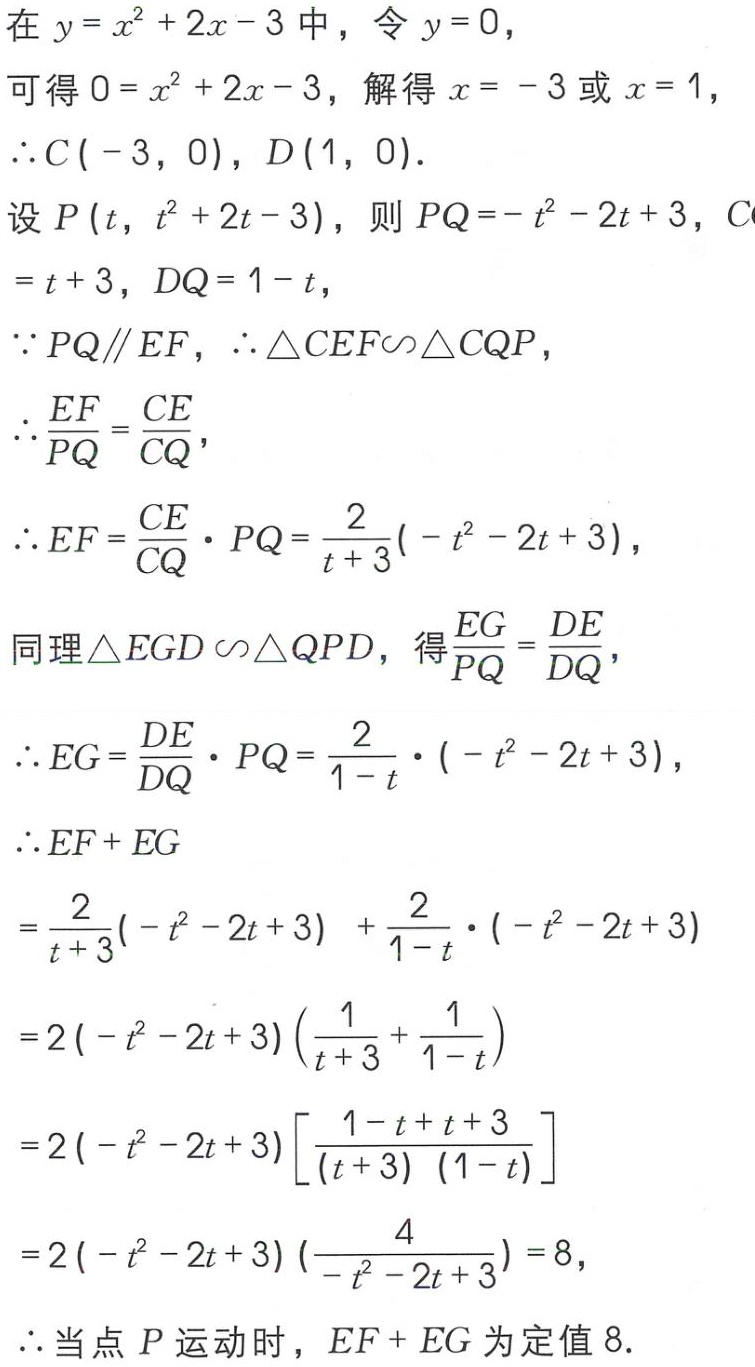
在 \(y = x^{2}+2x - 3\) 中，令 \(y = 0\)，
可得 \(0 = x^{2}+2x - 3\)，解得 \(x = - 3\) 或 \(x = 1\)，
\(\therefore C(-3,0)\)，\(D(1,0)\)。
设 \(P(t,t^{2}+2t - 3)\)，则 \(PQ=-t^{2}-2t + 3\)，\(CQ=t + 3\)，\(DQ=1 - t\)，
\(\because PQ\parallel EF\)，\(\therefore \triangle CEF\sim\triangle CQP\)，
\(\therefore \frac{EF}{PQ}=\frac{CE}{CQ}\)，
\(\therefore EF=\frac{CE}{CQ}\cdot PQ=\frac{2}{t + 3}(-t^{2}-2t + 3)\)，
同理 \(\triangle EGD\sim\triangle QPD\)，得 \(\frac{EG}{PQ}=\frac{DE}{DQ}\)，
\(\therefore EG=\frac{DE}{DQ}\cdot PQ=\frac{2}{1 - t}\cdot(-t^{2}-2t + 3)\)，
\(\therefore EF + EG\)
\(=\frac{2}{t + 3}(-t^{2}-2t + 3)+\frac{2}{1 - t}\cdot(-t^{2}-2t + 3)\)
\(=2(-t^{2}-2t + 3)(\frac{1}{t + 3}+\frac{1}{1 - t})\)
\(=2(-t^{2}-2t + 3)[\frac{1 - t + t + 3}{(t + 3)(1 - t)}]\)
\(=2(-t^{2}-2t + 3)(\frac{4}{-t^{2}-2t + 3}) = 8\)，
\(\therefore\) 当点 \(P\) 运动时，\(EF + EG\) 为定值 \(8\)。